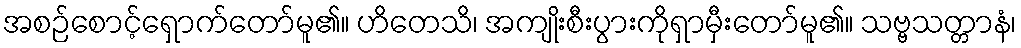
အစဉ်စောင့်ရှောက်တော်မူ၏။ ဟိတေသိ၊ အကျိုးစီးပွားကိုရှာမှီးတော်မူ၏။ သဗ္ဗသတ္တာနံ၊